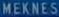
MEKNES